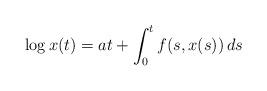
LaTeX: \begin{align*}\log x(t)= at + \int_0^t f(s, x(s)) \, ds\end{align*}